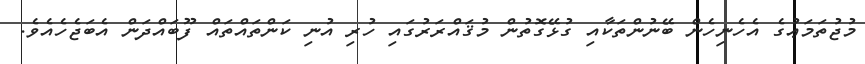
މުޖުތަމަޢުގެ އެހެނިހެން ބޭނުންތަކާއި ގުޅޭގޮތުން މުޤައްރަރުގައި ހުރި އުނި ކަންތައްތައް ފޫބައްދަން އެބަޖެހެއެވެ.